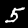
Label: 5